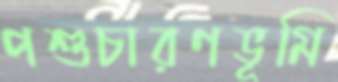
পশুচারণভূমি